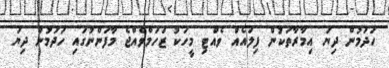
ހަދަމުން ދިޔަ އިމާރާތަކުން ފިލައެއް ވެއްޓި މީހަކު ޒަހަމްވެއްޖެ މާފަންނުގައި ހަދަމުން ދިޔަ